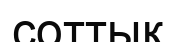
соттық